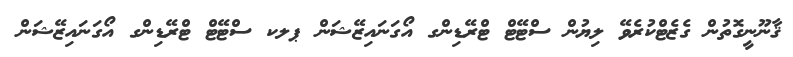
ޤާނޫނީގޮތުން ގެޒެޓްކުރެވޭ ލިޔުން ސްޓޭޓް ޓްރޭޑިންގ އޯގަނައިޒޭޝަން ޕލކ ސްޓޭޓް ޓްރޭޑިންގ އޯގަނައިޒޭޝަން